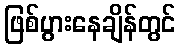
ဖြစ်ပွားနေချိန်တွင်